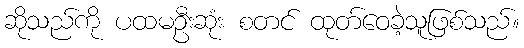
ဆိုသည်ကို ပထမဦးဆုံး စတင် ထုတ်ဝေခဲ့သူဖြစ်သည်။